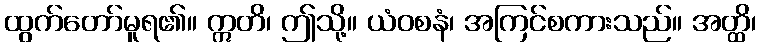
ထွက်တော်မူရ၏။ ဣတိ၊ ဤသို့။ ယံဝစနံ၊ အကြင်စကားသည်။ အတ္ထိ၊